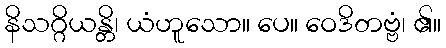
နိသဂ္ဂိယန္တိ၊ ယံဟူသော။ ပေ။ ဝေဒိတဗ္ဗံ၊ ၏။